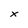
Character: x